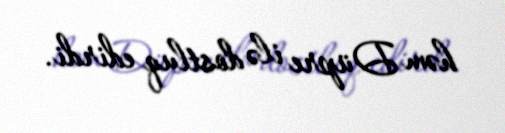
həm Düpre ilə dostluq edirdi.